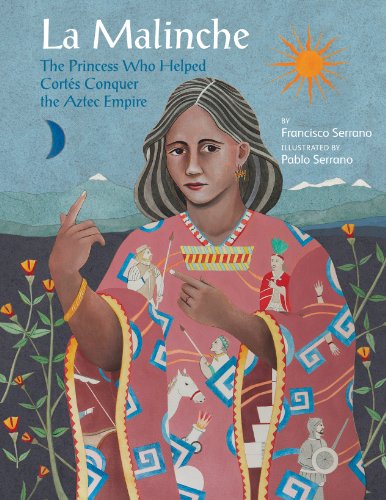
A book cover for La Malinche: The Princess Who Helped CortÃ©s Conquer an Empire (Groundwood Books); Francisco Serrano; Children's Books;